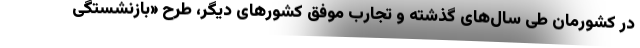
در کشورمان طی سال‌های گذشته و تجارب موفق کشورهای دیگر، طرح‌ «بازنشستگی